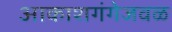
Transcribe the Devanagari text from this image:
आकाशगंगेजवळ